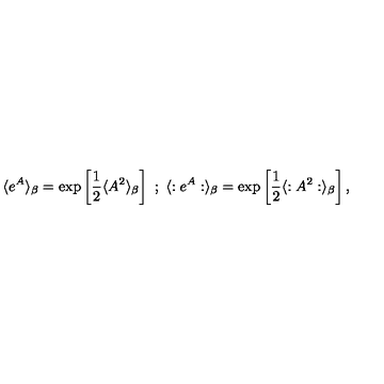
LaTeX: \langle e ^ { A } \rangle _ { \beta } = \exp \left[ \frac { 1 } { 2 } \langle A ^ { 2 } \rangle _ { \beta } \right] \ ; \ \langle : e ^ { A } : \rangle _ { \beta } = \exp \left[ \frac { 1 } { 2 } \langle : A ^ { 2 } : \rangle _ { \beta } \right] ,